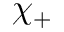
\chi _ { + }